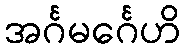
အင်္ဂမင်္ဂေဟိ